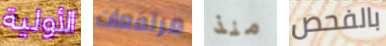
الأولية مرتفعات منذ بالفحص